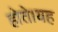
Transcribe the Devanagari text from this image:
होते।यह